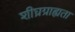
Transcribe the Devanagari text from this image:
शीघ्रग्राह्यता